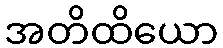
အတိထိယော